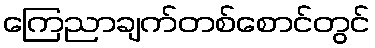
ကြေညာချက်တစ်စောင်တွင်